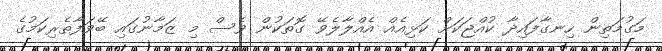
މަގުމަތިން ހިނގާފައިދާ ކުއްޖަކަށް ކަޅިއެއް އެއްލާލެވޭ ގޮތަކުން ވެސް މި ޒަމާނުގައި ބޭވަފާތެރިކަމުގެ